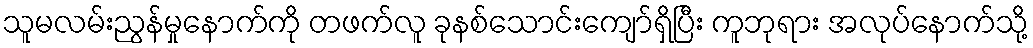
သူမလမ်းညွန်မှုနောက်ကို တဖက်လူ ခုနစ်သောင်းကျော်ရှိပြီး ကူဘုရား အလုပ်နောက်သို့